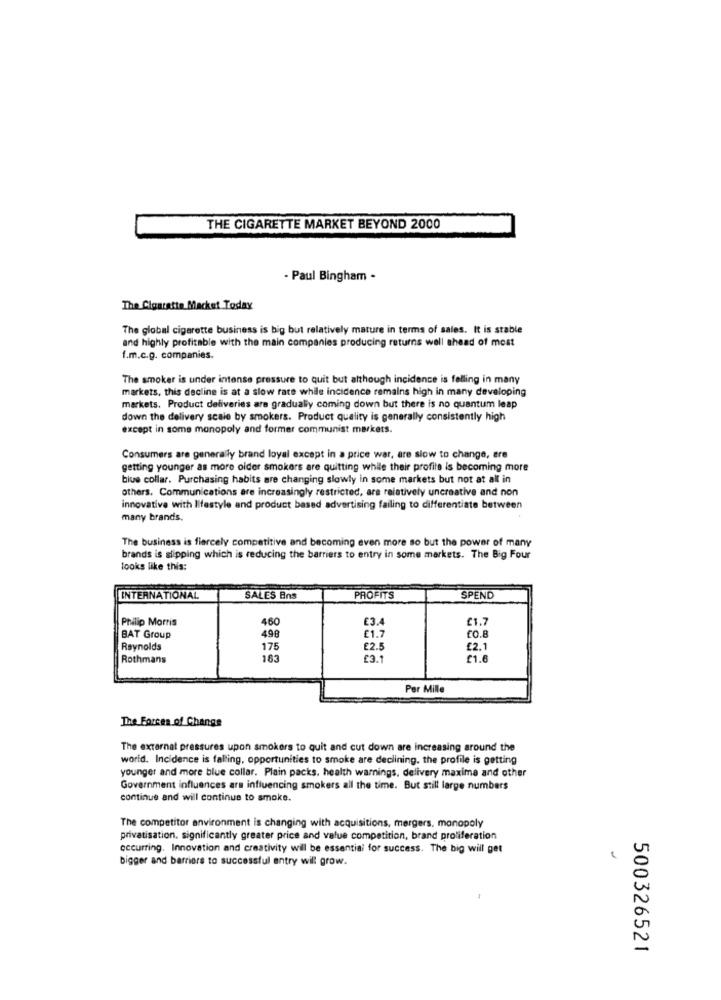
THE CIGARETTE MARKET BEYOND 2000
- Paul Bingham .
The Cigarette Macket Today
The global cigarette business is big but relatively mature in terms of sales. It is stable
and highly profitable with the main companies producing returns well shead of most
f.m.c.g. companies.
The smoker is under intense pressure to quit but although incidence is felling in many
markets, this decline is at a slow rate while incidence remains high in many developing
markets. Product deliveries are gradually coming down but there is no quantum leap
down the delivery scale by smokers. Product quality is generally consistently high
except in some monopoly and former communist markets.
Consumers are generally brand loyal except in a price war, are slow to change, ere
getting younger as more oider smokers are quitting while their profile is becoming more
blue collar. Purchasing habits are changing slowly in some markets but not at all in
others. Communications are increasingly restricted, are relatively uncreative and non
innovative with lifestyle and product based advertising failing to differentiate between
many brands.
The business is fiercely competitive and becoming even more so but the power of many
brands is slipping which is reducing the barriers to entry in some markets. The Big Four
looks like this:
INTERNATIONAL
SALES Ens
PROFITS
SPEND
Philip Morris
460
E3.4
£1.7
BAT Group
498
£1.7
£0.8
Reynolds
175
£2.5
£2.1
Rothmans
163
£3.1
£1.6
Per Mille
The Forces of Change
The external pressures upon smokers to quit and cut down are increasing around the
world. Incidence is falling, opportunities to smoke are declining. the profile is getting
younger and more blue collar. Plain packs. health warnings, delivery maxima and other
Government influences ars influencing smokers all the time. But still large numbers
continue and will continue to smoke.
The competitor environment is changing with acquisitions, mergers, monopoly
privatisation, significantly greater price and value competition, brand proliferation
occurring. Innovation and creativity will be essential for success. The big will get
U
bigger and barriers to successful entry will grow.
0
U
500326521